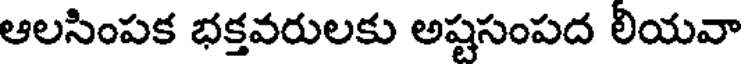
ఆలసింపక భక్తవరులకు అష్టసంపద లియవా